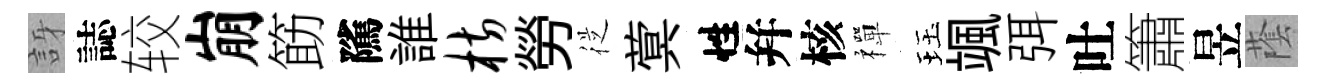
訝誌较崩筯隲誰枋勞従蓂性幷核禪珏颯弭吐簫昱䕃